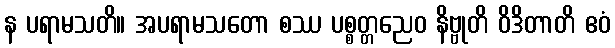
န ပရာမသတိ။ အပရာမသတော စဿ ပစ္စတ္တညေဝ နိဗ္ဗုတိ ဝိဒိတာတိ ဧဝံ